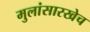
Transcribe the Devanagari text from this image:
मुलांसारखेच